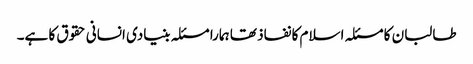
طالبان کا مسئلہ اسلام کا نفاذ تھا ہمارا مسئلہ بنیادی انسانی حقوق کا ہے۔